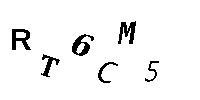
RT6CM5